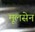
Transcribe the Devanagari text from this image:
मूलसेन